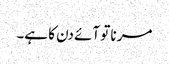
مرنا تو آئے دن کا ہے۔